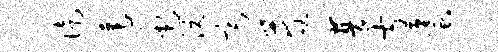
徒莲它沅斋莓普方蜃